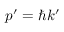
p ^ { \prime } = \hbar k ^ { \prime }